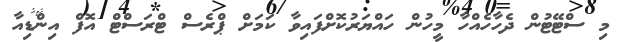
މި ސްޓޭޓުން ދެހާހެއްހާ މީހުން ހައްޔަރުކޮށްފައިވާ ކަމަށް ޕްރެސް ޓްރަސްޓް އޮފް އިންޑިއާ